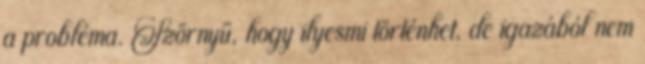
a probléma. Szörnyű, hogy ilyesmi történhet, de igazából nem